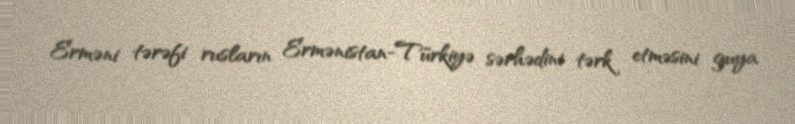
Erməni tərəfi rusların Ermənistan-Türkiyə sərhədini tərk etməsini guya